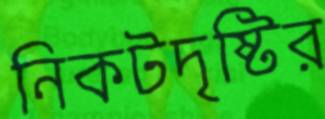
নিকটদৃষ্টির